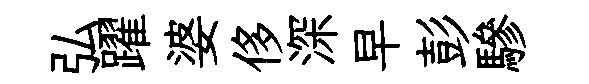
弘躍婆侈深早彭驂